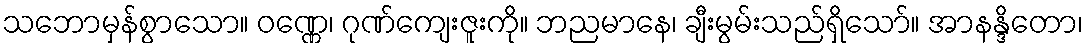
သဘောမှန်စွာသော။ ဝဏ္ဏေ၊ ဂုဏ်ကျေးဇူးကို။ ဘညမာနေ၊ ချီးမွမ်းသည်ရှိသော်။ အာနန္ဒိတော၊